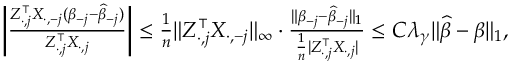
\begin{array} { r } { { \small \left\vert \frac { Z _ { \cdot , j } ^ { \intercal } X _ { \cdot , - j } ( \beta _ { - j } - \widehat { \beta } _ { - j } ) } { Z _ { \cdot , j } ^ { \intercal } X _ { \cdot , j } } \right\vert \leq \frac { 1 } { n } \| Z _ { \cdot , j } ^ { \intercal } X _ { \cdot , - j } \| _ { \infty } \cdot \frac { \| \beta _ { - j } - \widehat { \beta } _ { - j } \| _ { 1 } } { \frac { 1 } { n } \vert Z _ { \cdot , j } ^ { \intercal } X _ { \cdot , j } \vert } \leq C \lambda _ { \gamma } \| \widehat { \beta } - \beta \| _ { 1 } , } } \end{array}